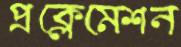
প্রক্লেমেশন